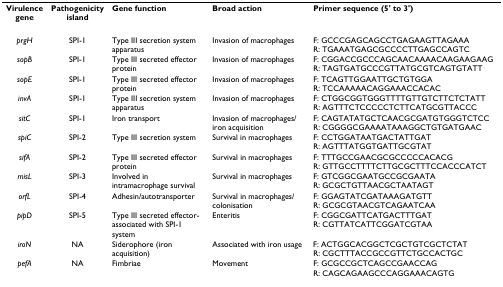
| Virulence gene | Pathogenicity island | Gene function | Broad action | Primer sequence (5' to 3') |
 | --- | --- | --- | --- | --- |
 | prgH | SPI-1 | Type III secretion system apparatus | Invasion of macrophages | F: GCCCGAGCAGCCTGAGAAGTTAGAAAR: TGAAATGAGCGCCCCTTGAGCCAGTC |
 | sopB | SPI-1 | Type III secreted effector protein | Invasion of macrophages | F: CGGACCGCCCAGCAACAAAACAAGAAGAAGR: TAGTGATGCCCGTTATGCGTCAGTGTATT |
 | sopE | SPI-1 | Type III secreted effector protein | Invasion of macrophages | F: TCAGTTGGAATTGCTGTGGAR: TCCAAAAACAGGAAACCACAC |
 | invA | SPI-1 | Type III secretion system apparatus | Invasion of macrophages | F: CTGGCGGTGGGTTTTGTTGTCTTCTCTATTR: AGTTTCTCCCCCTCTTCATGCGTTACCC |
 | sitC | SPI-1 | Iron transport | Invasion of macrophages/iron acquisition | F: CAGTATATGCTCAACGCGATGTGGGTCTCCR: CGGGGCGAAAATAAAGGCTGTGATGAAC |
 | spiC | SPI-2 | Type III secretion system | Survival in macrophages | F: CCTGGATAATGACTATTGATR: AGTTTATGGTGATTGCGTAT |
 | sifA | SPI-2 | Type III secreted effector protein | Survival in macrophages | F: TTTGCCGAACGCGCCCCCACACGR: GTTGCCTTTTCTTGCGCTTTCCACCCATCT |
 | misL | SPI-3 | Involved in intramacrophage survival | Survival in macrophages | F: GTCGGCGAATGCCGCGAATAR: GCGCTGTTAACGCTAATAGT |
 | orfL | SPI-4 | Adhesin/autotransporter | Survival in macrophages/colonisation | F: GGAGTATCGATAAAGATGTTR: GCGCGTAACGTCAGAATCAA |
 | pipD | SPI-5 | Type III secreted effector-associated with SPI-1 system | Enteritis | F: CGGCGATTCATGACTTTGATR: CGTTATCATTCGGATCGTAA |
 | iroN | NA | Siderophore (iron acquisition) | Associated with iron usage | F: ACTGGCACGGCTCGCTGTCGCTCTATR: CGCTTTACCGCCGTTCTGCCACTGC |
 | pefA | NA | Fimbriae | Movement | F: GCGCCGCTCAGCCGAACCAGR: CAGCAGAAGCCCAGGAAACAGTG |